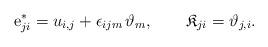
LaTeX: \begin{align*}{\rm e}^*_{ji} = u_{i,j}+ \epsilon_{ijm}\,\vartheta_m, \qquad \mathfrak{K}_{ji} =\vartheta_{j,i}.\end{align*}